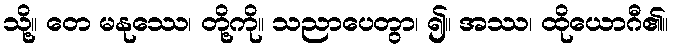
သို့။ တေ မနုဿေ၊ တို့ကို။ သညာပေတွာ၊ ၍။ အဿ၊ ထိုယောဂီ၏။